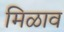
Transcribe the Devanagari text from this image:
मिळाव